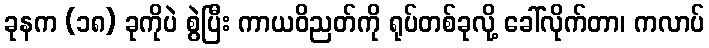
ခုနက (၁၈) ခုကိုပဲ စွဲပြီး ကာယဝိညတ်ကို ရုပ်တစ်ခုလို့ ခေါ်လိုက်တာ၊ ကလာပ်